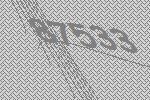
87533